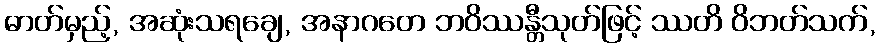
ဓာတ်မှည့်, အဆုံးသရချေ, အနာဂတေ ဘဝိဿန္တီသုတ်ဖြင့် ဿတိ ဝိဘတ်သက်,